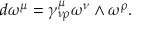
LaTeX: d \omega ^ { \mu } = \gamma _ { \nu \rho } ^ { \mu } \omega ^ { \nu } \wedge \omega ^ { \rho } .